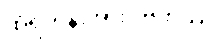
ထိုရဟန်းအား။ ဗဟုဿု